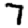
Digit: 7